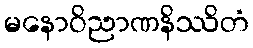
မနောဝိညာဏနိဿိတံ